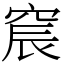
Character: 䆣